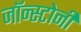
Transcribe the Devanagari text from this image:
जॉन्स्टोनी